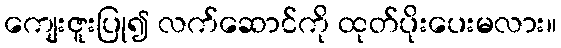
ကျေးဇူးပြု၍ လက်ဆောင်ကို ထုတ်ပိုးပေးမလား။